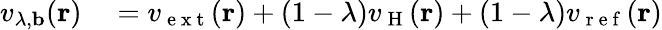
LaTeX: \begin{array}{rl}{v_{\lambda,\mathbf{b}}(\mathbf{r})}&{{}=v_{\mathrm{~e~x~t~}}(\mathbf{r})+(1-\lambda)v_{\mathrm{~H~}}(\mathbf{r})+(1-\lambda)v_{\mathrm{~r~e~f~}}(\mathbf{r})}\end{array}